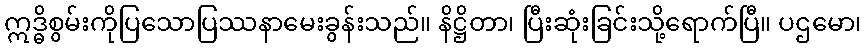
ဣဒ္ဓိစွမ်းကိုပြသောပြဿနာမေးခွန်းသည်။ နိဋ္ဌိတာ၊ ပြီးဆုံးခြင်းသို့ရောက်ပြီ။ ပဌမော၊